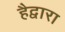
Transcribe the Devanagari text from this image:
हैद्वारा